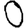
Digit: 0